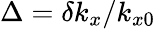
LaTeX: \Delta=\delta k_{x}/k_{x0}